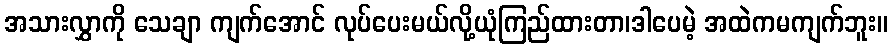
အသားလွှာကို သေချာ ကျက်အောင် လုပ်ပေးမယ်လို့ယုံကြည်ထားတာ၊ဒါပေမဲ့ အထဲကမကျက်ဘူး။